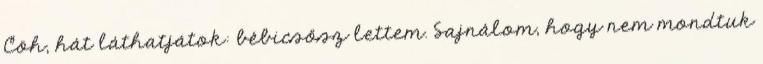
Cöh, hát láthatjátok: bébicsősz lettem. Sajnálom, hogy nem mondtuk